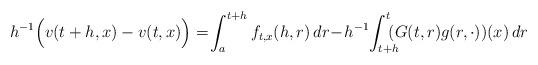
LaTeX: \begin{align*}h^{-1}\Big(v(t+h,x)-v(t,x)\Big)&=\!\int_a^{t+h} f_{t,x}(h,r)\, dr\!-\! h^{-1}\!\int_{t+h}^t\!\!\!\!(G(t,r)g(r, \cdot))(x)\, dr\end{align*}